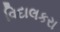
વિદાલકરા